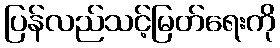
ပြန်လည်သင့်မြတ်ရေးကို